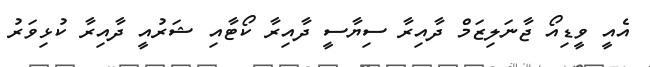
އެއީ ވީޑިއޯ ޖާނަލިޒަމް ދާއިރާ ސިޔާސީ ދާއިރާ ކޯޓާއި ޝަރުއީ ދާއިރާ ކުޅިވަރު